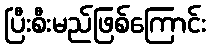
ပြီးစီးမည်ဖြစ်ကြောင်း